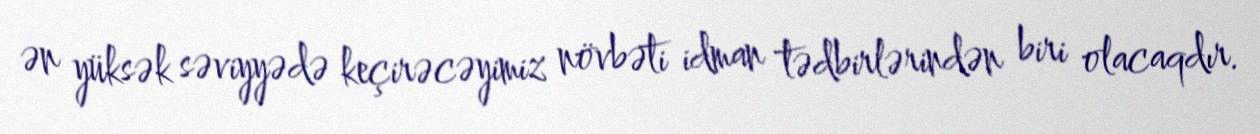
ən yüksək səviyyədə keçirəcəyimiz növbəti idman tədbirlərindən biri olacaqdır.